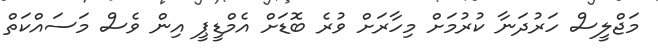
މަޖްލީސް ހަރުދަނާ ކުރުމަށް މިހާރަށް ވުރެ ބޮޑަށް އެމްޑީޕީ އިން ވެސް މަސައްކަތް